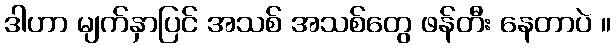
ဒါဟာ မျက်နှာပြင် အသစ် အသစ်တွေ ဖန်တီး နေတာပဲ ။